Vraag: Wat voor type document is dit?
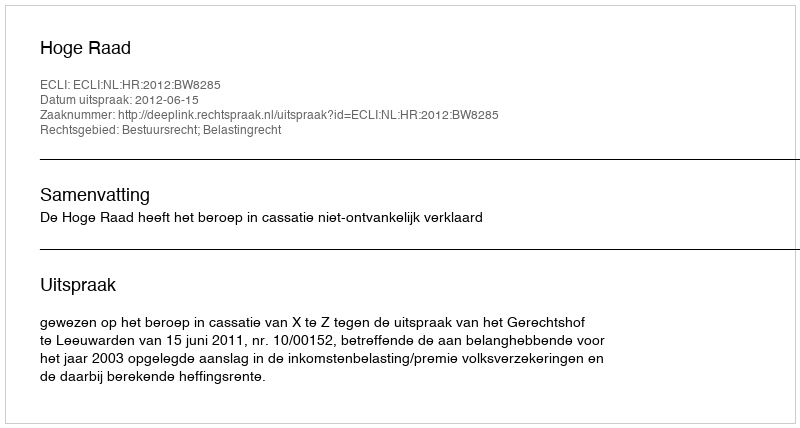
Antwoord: Uitspraak